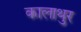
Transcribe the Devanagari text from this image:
कालाथुर